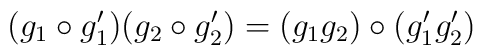
(g_1 \circ g_1')(g_2 \circ g_2') =      (g_1 g_2) \circ (g_1' g_2')